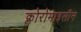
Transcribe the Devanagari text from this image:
क्लोरोमाइसीन